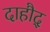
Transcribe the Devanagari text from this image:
दाहौद्